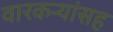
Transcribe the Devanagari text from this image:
वारकऱ्यांसह